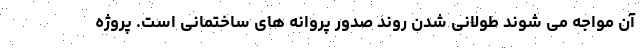
آن مواجه می شوند طولانی شدن روند صدور پروانه های ساختمانی است. پروژه